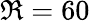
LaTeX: \Re=60